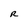
Character: R